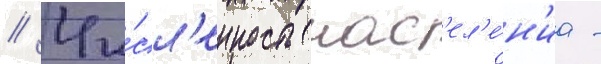
// Чи́сл'енность нас'ел'е́н'иа -